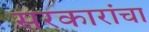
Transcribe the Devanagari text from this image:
सरकारांचा